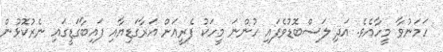
ހަމަނުވާ މީހާއެވެ. އަދި ލަސްބޮޑުވެފައި ހުންނަ މީހަކު ފެރީއަށް އަރާގަޑިޔާއި ފައިބާގަޑީގައި ނެރުކޮޅުން